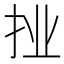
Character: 𭠙